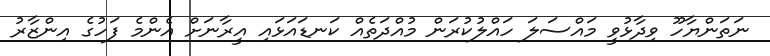
ނަތަންޔާހޫ ވިދާޅުވީ މައްސަލަ ހައްލުކުރަން މުއްދަތެއް ކަނޑައަޅައި އީރާނަށް އެންމެ ފަހުގެ އިންޒާރު